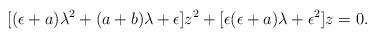
LaTeX: \begin{align*}[(\epsilon+a)\lambda ^{2} + (a+b)\lambda + \epsilon]z^{2} + [\epsilon(\epsilon+a)\lambda + \epsilon^{2}]z =0.\end{align*}